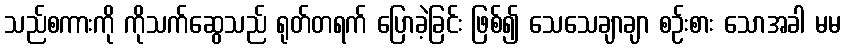
သည်စကားကို ကိုသက်ဆွေသည် ရုတ်တရက် ပြောခဲ့ခြင်း ဖြစ်၍ သေသေချာချာ စဉ်းစား သောအခါ မမ